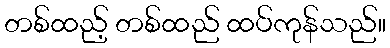
တစ်ထည့် တစ်ထည် ထပ်ကုန်သည်။